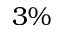
3 \%